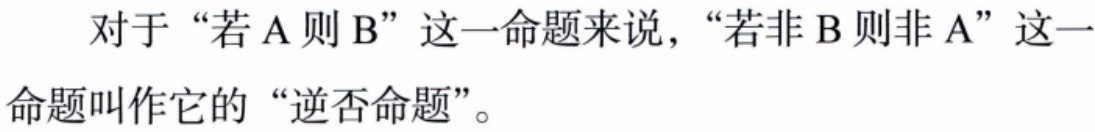
对于 “若 A 则 B” 这一命题来说，“若非 B 则非 A” 这一命题叫作它的 “逆否命题”。